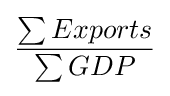
{\frac {\sum Exports}{\sum GDP}}